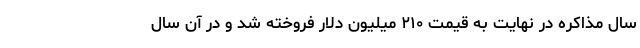
سال مذاکره در نهایت به قیمت ۲۱۰ میلیون دلار فروخته شد و در آن سال